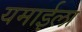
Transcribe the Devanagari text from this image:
यमाईला